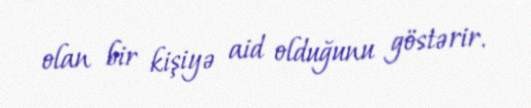
olan bir kişiyə aid olduğunu göstərir.